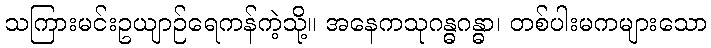
သကြားမင်းဥယျာဉ်ရေကန်ကဲ့သို့။ အနေကသုဂန္ဓဂန္ဓာ၊ တစ်ပါးမကများသော